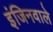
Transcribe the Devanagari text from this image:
इंजिनवाले